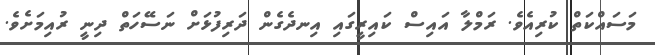
މަސައްކަތް ކުރިއެވެ. ރަމްލާ އައިސް ކައިރީގައި އިނދެގެން ދަރިފުޅަށް ނަސޭހަތް ދިނީ ރުއިމަށެވެ.